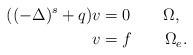
LaTeX: \begin{align*} ((-\Delta)^s+q)v&=0\quad\quad\Omega,\\ v&=f\quad\quad\Omega_e. \end{align*}